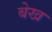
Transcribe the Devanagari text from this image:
बेख